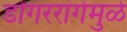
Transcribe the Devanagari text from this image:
डोंगररांगेमुळे